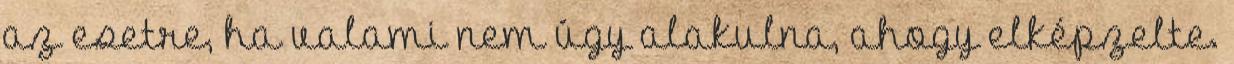
az esetre, ha valami nem úgy alakulna, ahogy elképzelte.